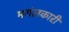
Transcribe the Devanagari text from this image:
मगंलकारी